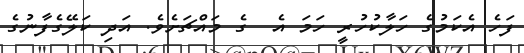
ފަހެ އެކަމުގެ ހަލާކުހުުރީ ހަމަ އެ  ގެ މައްޗަށެވެ. އަދި ކަލޭގެފާނުގެ